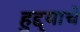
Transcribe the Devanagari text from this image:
हुद्द्याचे